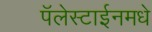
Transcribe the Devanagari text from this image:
पॅलेस्टाईनमधे